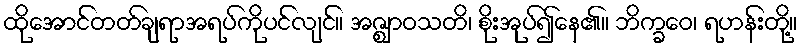
ထိုအောင်တတ်ချရာအရပ်ကိုပင်လျင်။ အဇ္ဈာဝသတိ၊ စိုးအုပ်၍နေ၏။ ဘိက္ခဝေ၊ ရဟန်းတို့။